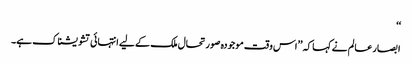
‘‘
ابصار عالم نے کہا کہ ’’اس وقت موجودہ صورتحال ملک کے لیے انتہائی تشویشناک ہے۔